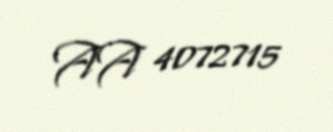
AA 4072715